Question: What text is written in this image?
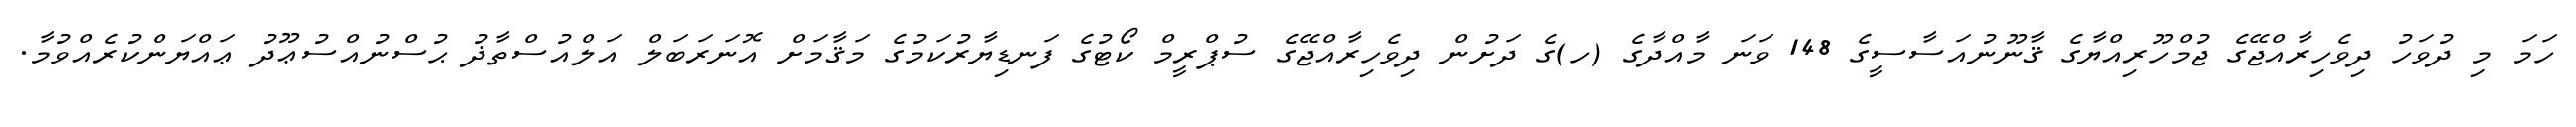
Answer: ހަމަ މި ދުވަހު ދިވެހިރާއްޖޭގެ ޖުމްހޫރިއްޔާގެ ޤާނޫނުއަސާސީގެ 148 ވަނަ މާއްދާގެ (ހ)ގެ ދަށުން ދިވެހިރާއްޖޭގެ ސުޕްރީމް ކޯޓުގެ ފަނޑިޔާރުކަމުގެ މަޤާމަށް އޮނަރަބަލް އަލްއުސްތާޛު ޙުސްނުއްސުޢޫދު ޢައްޔަންކުރެއްވުމާ.